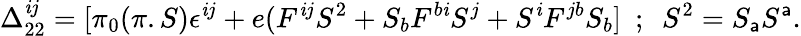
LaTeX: \Delta_{22}^{\mathit{i}j}=[\pi_{0}(\pi.S)\epsilon^{\mathit{i}j}+e(F^{\mathit{i}j}S^{2}+S_{b}F^{b\mathit{i}}S^{j}+S^{\mathit{i}}F^{jb}S_{b}]~~;~~S^{2}=S_{\mathsf{a}}S^{\mathsf{a}}.